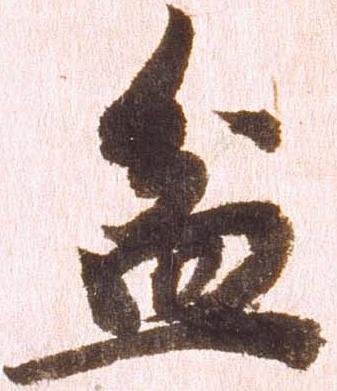
盆